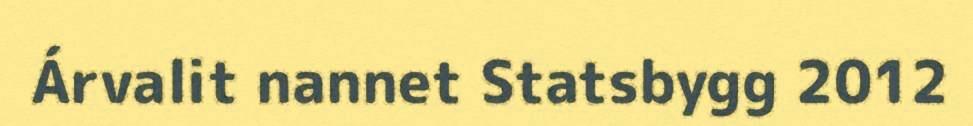
Árvalit nannet Statsbygg 2012